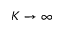
K \rightarrow \infty